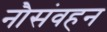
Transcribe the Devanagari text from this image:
नौसंवहन